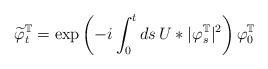
LaTeX: \begin{align*} \widetilde\varphi^{\mathbb T}_t = \exp\left( -i\int_0^{t}ds\, U*|\varphi^{\mathbb T}_s|^2 \right) \varphi^{\mathbb T}_0 \end{align*}